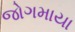
જોગમાયા